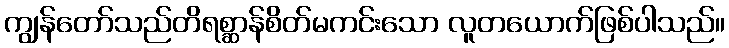
ကျွန်တော်သည်တိရစ္ဆာန်စိတ်မကင်းသော လူတယောက်ဖြစ်ပါသည်။